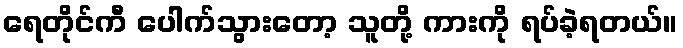
ရေတိုင်ကီ ပေါက်သွားတော့ သူတို့ ကားကို ရပ်ခဲ့ရတယ်။